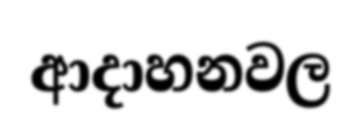
ආදාහනවල